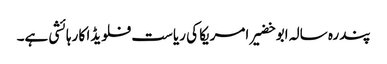
پندرہ سالہ ابو خضیر امریکا کی ریاست فلویڈا کا رہائشی ہے۔